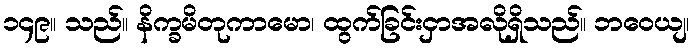
၁၄၉။ သည်။ နိက္ခမိတုကာမော၊ ထွက်ခြင်းငှာအလိုရှိသည်။ ဘဝေယျ၊